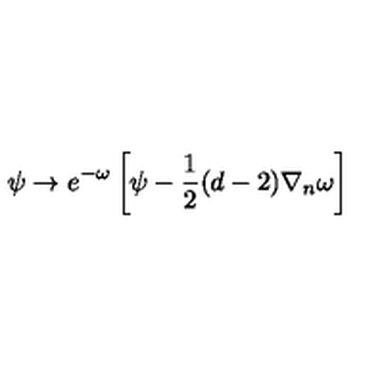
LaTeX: \psi \rightarrow e ^ { - \omega } \left[ \psi - \frac { 1 } { 2 } ( d - 2 ) \nabla _ { n } \omega \right]